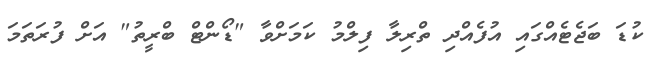
ކުޑަ ބަޖެޓެއްގައި އުފެއްދި ތްރިލާ ފިލްމު ކަމަށްވާ "ޑޯންޓް ބްރީތު" އަށް ފުރަތަމަ